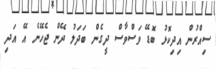
ސިއްރުން އިދިކޮޅު ބޮޑޭ ވަސްވާސް ދީގެން ބަދަލު ދޭން ޖެހޭނެ އޭ އަދި